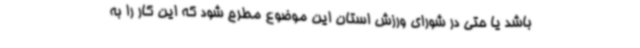
باشد یا حتی در شورای ورزش استان این موضوع مطرح شود که این کار را به